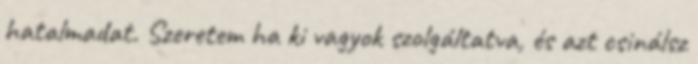
hatalmadat. Szeretem ha ki vagyok szolgáltatva, és azt csinálsz